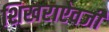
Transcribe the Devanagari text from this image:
शिखराऐवजी